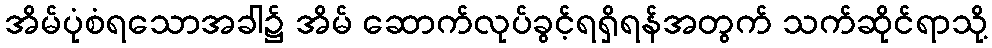
အိမ်ပုံစံရသောအခါ၌ အိမ် ဆောက်လုပ်ခွင့်ရရှိရန်အတွက် သက်ဆိုင်ရာသို့